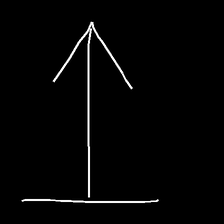
Glyph: levitation